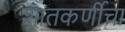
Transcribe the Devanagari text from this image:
शातकर्णीचा